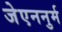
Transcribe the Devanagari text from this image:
जेएननुर्म